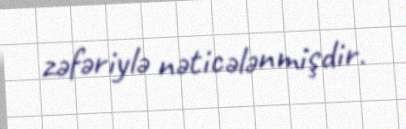
zəfəriylə nəticələnmişdir.